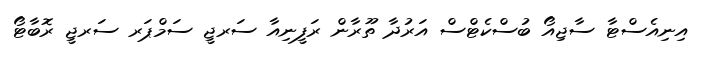
އިނިއެސްޓާ ސާޖިއޯ ބުސްކެޓްސް އަރުދާ ތޫރާން ރަފީނިއާ ސަރޖީ ސަމްޕަރ ސަރޖީ ރޮބާޓޯ